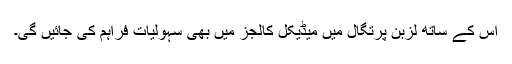
اس کے ساتھ لزبن پرتگال میں میڈیکل کالجز میں بھی سہولیات فراہم کی جائیں گی۔